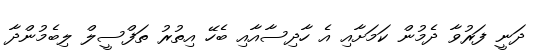
ދަނީ ފަރުވާ ދެމުން ކަމަށާއި އެ ހާދިސާއާއި ބެހޭ އިތުރު ތަފްސީލް ލިބެމުންދާ